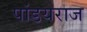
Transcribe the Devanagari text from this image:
पांडयराज